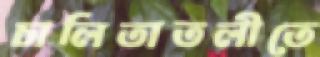
চালিতাতলীতে